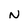
Character: N